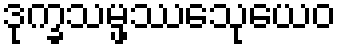
ဒုက္ခသမ္ဖဿေသုယေဝ